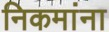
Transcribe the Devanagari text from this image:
निकमांना